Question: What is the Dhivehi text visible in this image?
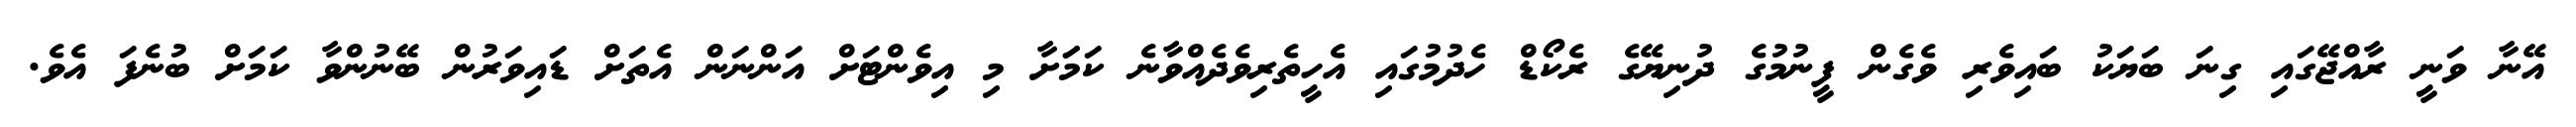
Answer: އޭނާ ވަނީ ރާއްޖޭގައި ގިނަ ބަޔަކު ބައިވެރި ވެގެން ފީނުމުގެ ދުނިޔޭގެ ރެކޯޑް ހެދުމުގައި އެހީތެރިވެދެއްވާނެ ކަމަަށާ މި އިވެންޓަށް އަންނަން އެތަށް ޑައިވަރުން ބޭނުންވާ ކަމަށް ބުނެފަ އެވެ.